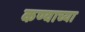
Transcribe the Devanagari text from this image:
कण्वाच्या